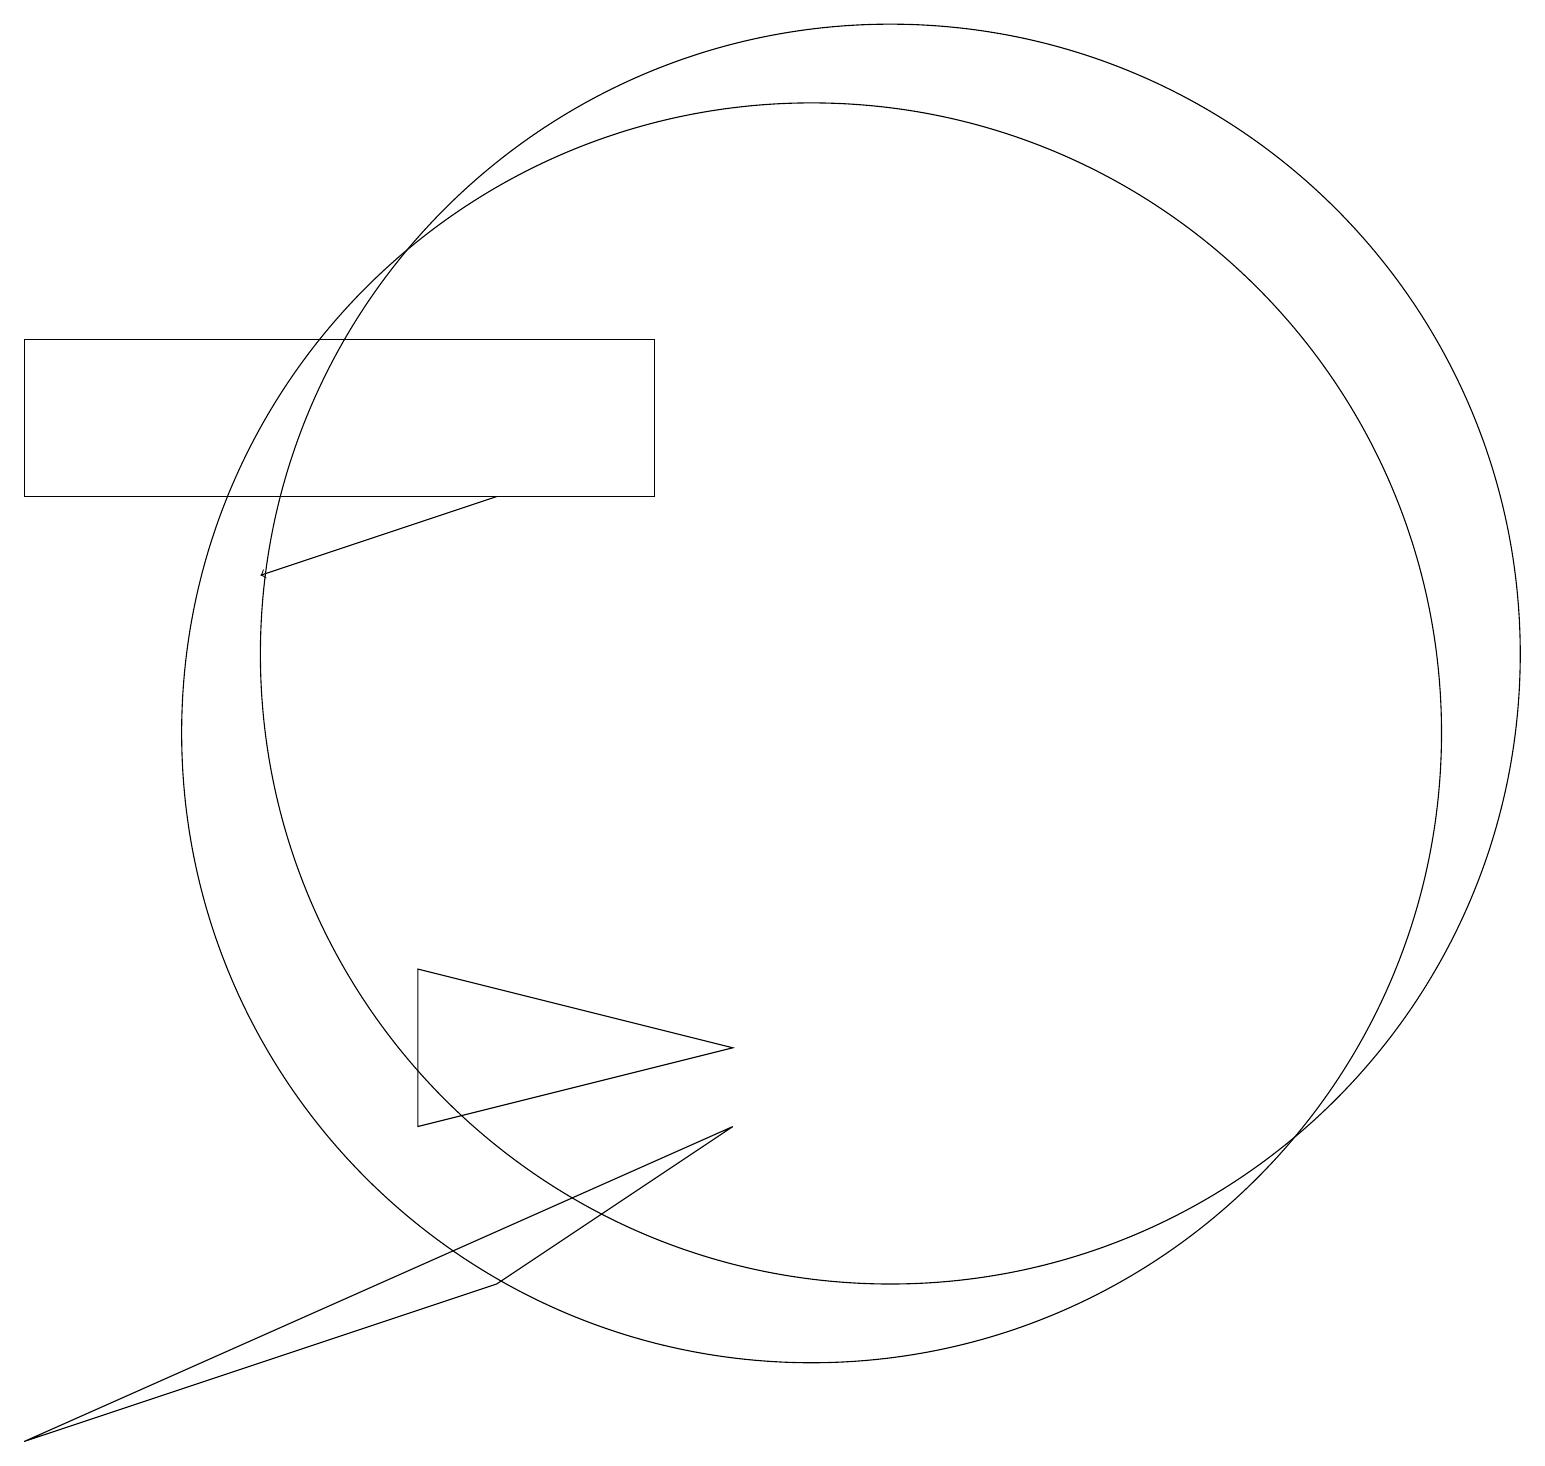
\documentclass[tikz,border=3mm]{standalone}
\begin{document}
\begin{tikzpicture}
\draw[->] (6,13) -- (3,12);
\draw (11,11) circle (8);
\draw (6,3) -- (0,1) -- (9,5) -- cycle;
\draw (0,13) rectangle (8,15);
\draw (10,10) circle (8);
\draw (5,7) -- (5,5) -- (9,6) -- cycle;
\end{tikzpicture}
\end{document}